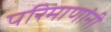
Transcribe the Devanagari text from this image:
परिमाणांनी